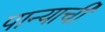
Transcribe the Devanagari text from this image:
पान्याची